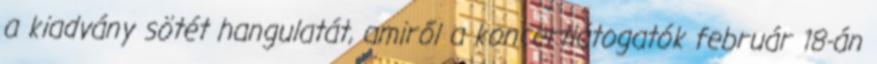
a kiadvány sötét hangulatát, amiről a koncertlátogatók február 18-án